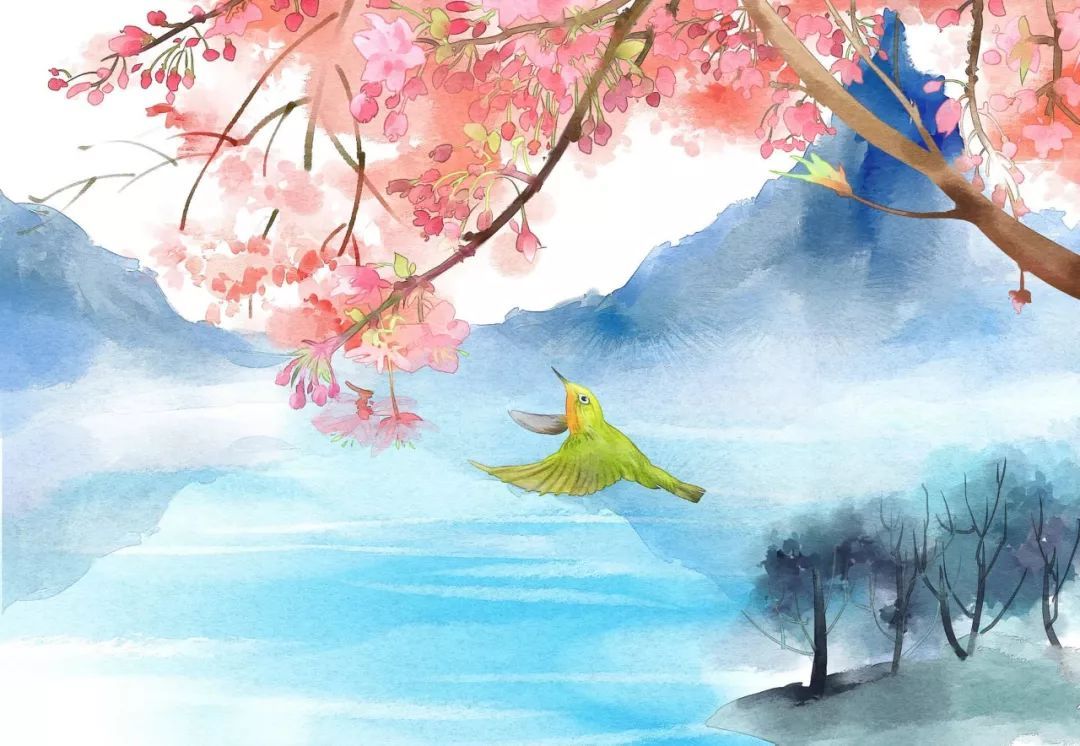
洞门高阁霭馀辉，桃李阴阴柳絮飞。